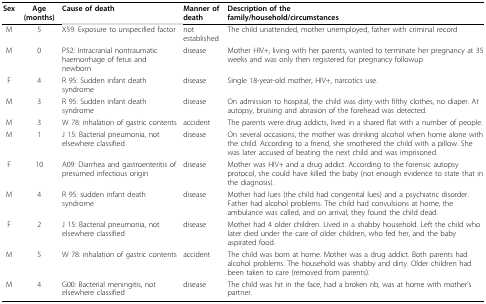
| Sex | Age(months) | Cause of death | Manner ofdeath | Description of thefamily/household/circumstances |
 | --- | --- | --- | --- | --- |
 | M | 5 | X59: Exposure to unspecified factor | not established | The child unattended, mother unemployed, father with criminal record |
 | M | 0 | P52: Intracranial nontraumatic haemorrhage of fetus and newborn | disease | Mother HIV+, living with her parents, wanted to terminate her pregnancy at 35 weeks and was only then registered for pregnancy followup |
 | F | 4 | R 95: Sudden infant death syndrome | disease | Single 18-year-old mother, HIV+, narcotics use. |
 | M | 3 | R 95: Sudden infant death syndrome | disease | On admission to hospital, the child was dirty with filthy clothes, no diaper. At autopsy, bruising and abrasion of the forehead was detected. |
 | M | 3 | W 78: inhalation of gastric contents | accident | The parents were drug addicts, lived in a shared flat with a number of people. |
 | M | 1 | J 15: Bacterial pneumonia, not elsewhere classified | disease | On several occasions, the mother was drinking alcohol when home alone with the child. According to a friend, she smothered the child with a pillow. She was later accused of beating the next child and was imprisoned. |
 | F | 10 | A09: Diarrhea and gastroenteritis of presumed infectious origin | disease | Mother was HIV+ and a drug addict. According to the forensic autopsy protocol, she could have killed the baby (not enough evidence to state that in the diagnosis). |
 | M | 4 | R 95: sudden infant death syndrome | disease | Mother had lues (the child had congenital lues) and a psychiatric disorder. Father had alcohol problems. The child had convulsions at home, the ambulance was called, and on arrival, they found the child dead. |
 | F | 2 | J 15: Bacterial pneumonia, not elsewhere classified | disease | Mother had 4 older children. Lived in a shabby household. Left the child who later died under the care of older children, who fed her, and the baby aspirated food. |
 | M | 5 | W 78: inhalation of gastric contents | accident | The child was born at home. Mother was a drug addict. Both parents had alcohol problems. The household was shabby and dirty. Older children had been taken to care (removed from parents). |
 | M | 4 | G00: Bacterial meningitis, not elsewhere classified | disease | The child was hit in the face, had a broken rib, was at home with mother's partner. |